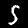
Label: 5